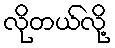
လိုတယ်လို့